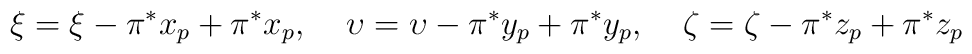
\xi = \xi -\pi^*x_p +\pi^*x_p,\:\:\:\:\:\upsilon =\upsilon -\pi^*y_p+\pi^*y_p,\:\:\:\:\:\zeta =\zeta-\pi^*z_p +\pi^*z_p